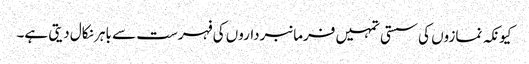
کیونکہ نمازوں کی سستی تمہیں فرمانبرداروں کی فہرست سے باہر نکال دیتی ہے۔